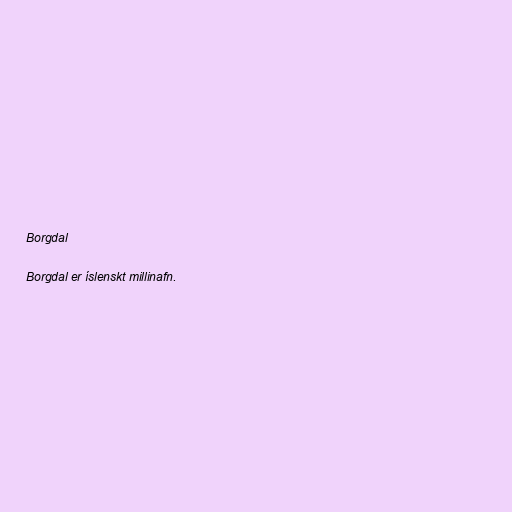
Borgdal

Borgdal er íslenskt millinafn.